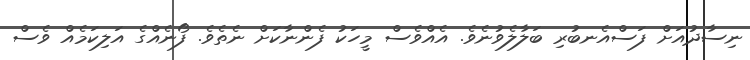
ނިސާދުއަށް ފަސްއެނބުރި ބަލާލެވުނެވެ. އެއްވެސް މީހަކު ފެންނާކަށް ނެތެވެ. ފޯނެއްގެ އަލިކަމެއް ވެސް